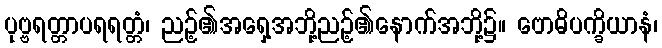
ပုဗ္ဗရတ္တာပရရတ္တံ၊ ညဉ့်၏အရှေ့အဘို့ညဉ့်၏နောက်အဘို့၌။ ဗောဓိပက္ခိယာနံ၊